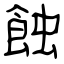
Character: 蝕